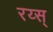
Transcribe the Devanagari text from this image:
रय्स्